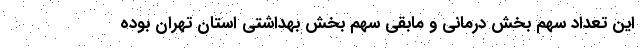
این تعداد سهم بخش درمانی و مابقی سهم بخش بهداشتی استان تهران بوده